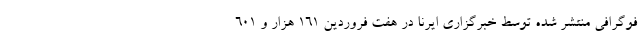
فوگرافی منتشر شده توسط خبرگزاری ایرنا در هفت فروردین ۱۶۱ هزار و ۶۰۱